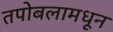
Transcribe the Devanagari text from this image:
तपोबलामधून